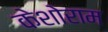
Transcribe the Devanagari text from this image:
केशोराम